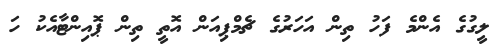
ލީގުގެ އެންމެ ފަހު ތިން އަހަރުގެ ޗެމްޕިއަން އޮތީ ތިން ޕޮއިންޓާއެކު ހަ